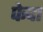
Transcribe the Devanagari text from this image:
फेदा